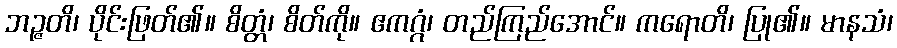
ဘဉ္ဇတိ၊ ပိုင်းဖြတ်၏။ စိတ္တံ၊ စိတ်ကို။ ဧကဂ္ဂံ၊ တည်ကြည်အောင်။ ကရောတိ၊ ပြု၏။ မာနသံ၊